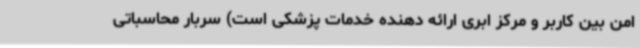
امن بین کاربر و مرکز ابری ارائه دهنده خدمات پزشکی است) سربار محاسباتی